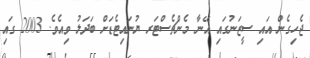
ޖެހިގެން އައި ސީޒަނުގައި އޭނާ މެންޗެސްޓަރ ޔުނައިޓެޑަށް ބަދަލު ވިއެވެ. 2003 ގައި